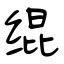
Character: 绲